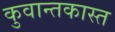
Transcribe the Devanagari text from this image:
कुवान्तकास्त